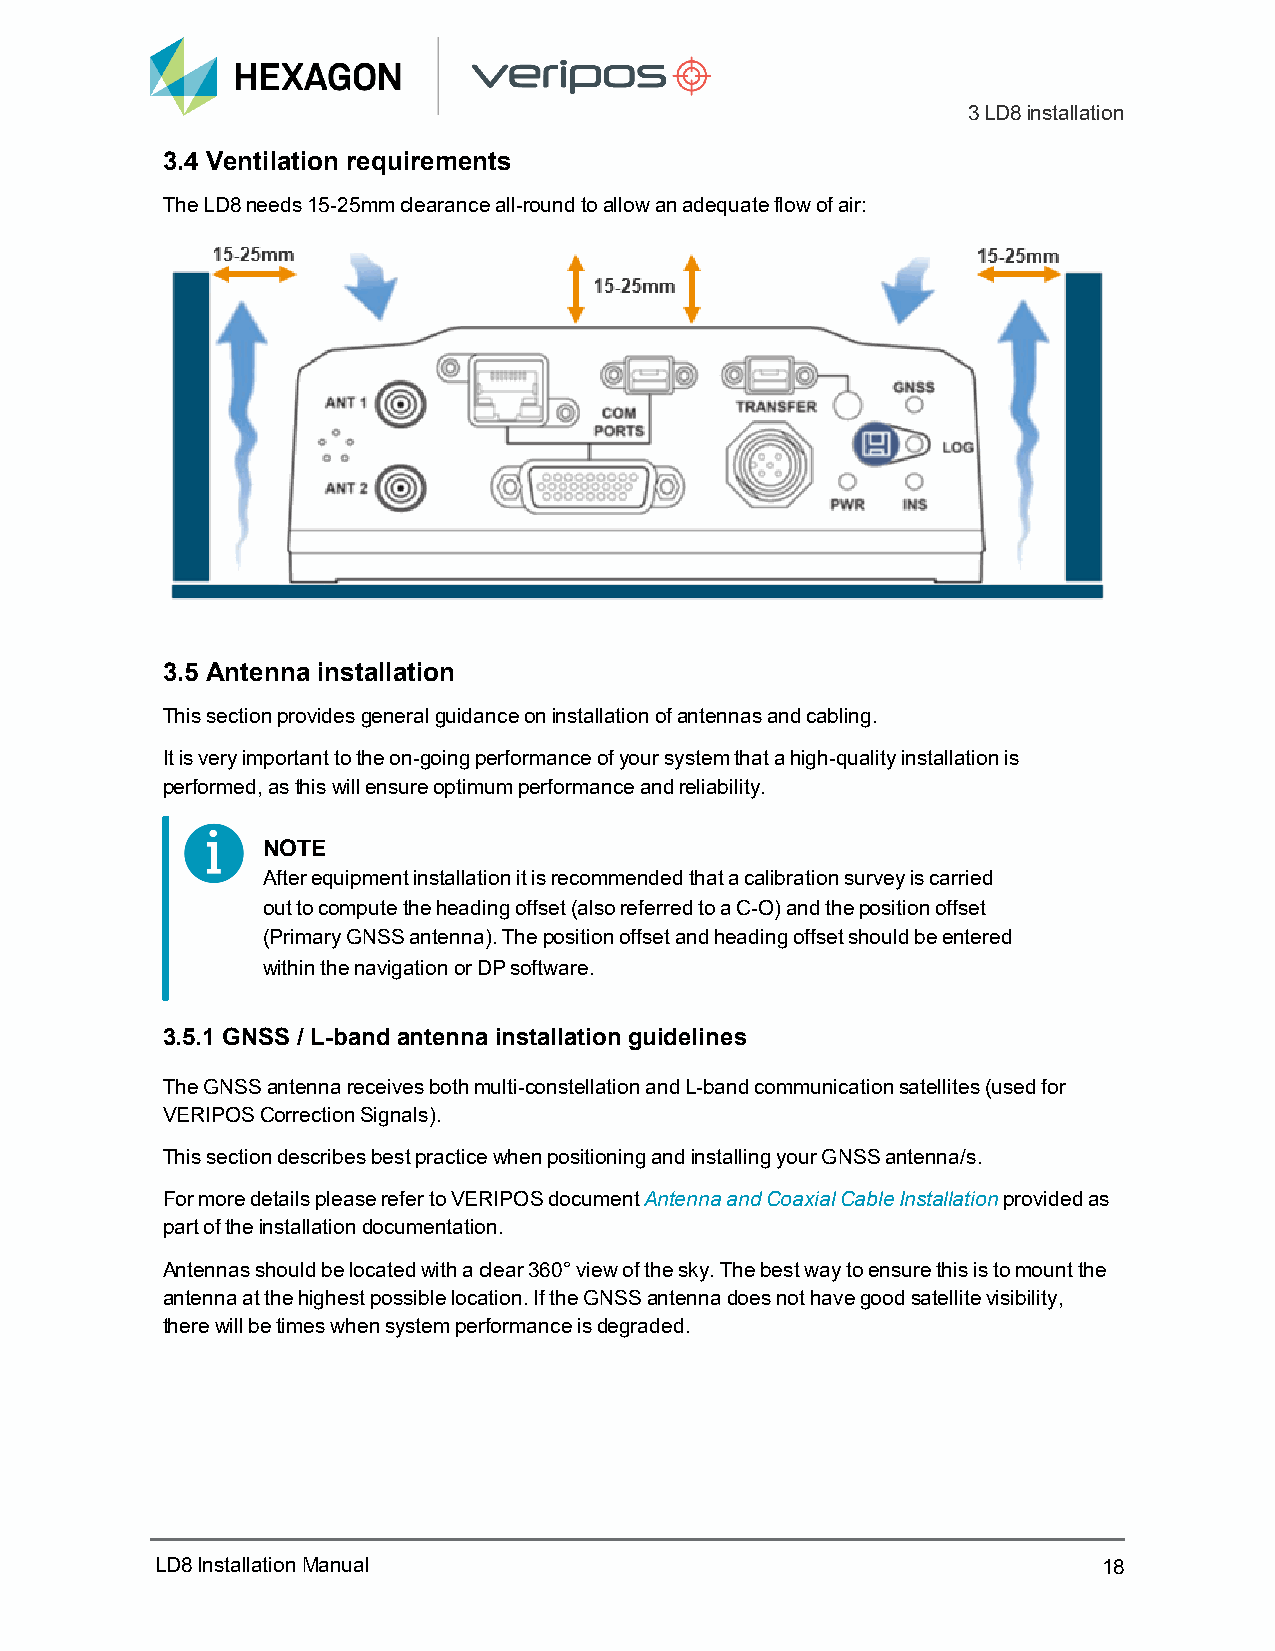
3LD8installation
 3.4 Ventilation requirements
 The LD8 needs 15-25mm clearance all-round to allow an adequate flow of air:
 3.5 Antenna installation
 This section provides general guidance on installation of antennas and cabling.
 It is very important to the on-going performance of your system that a high-quality installation is
 performed, as this will ensure optimum performance and reliability.
 NOTE
 After equipment installation it is recommended that a calibration survey is carried
 out to compute the heading offset (also referred to a C-O) and the position offset
 (Primary GNSS antenna). The position offset and heading offset should be entered
 within the navigation or DP software.
 3.5.1 GNSS / L-band antenna installation guidelines
 The GNSS antenna receives both multi-constellation and L-band communication satellites (used for
 VERIPOS Correction Signals).
 This section describes best practice when positioning and installing your GNSS antenna/s.
 For more details please refer to VERIPOS document Antenna and Coaxial Cable Installation provided as
 part of the installation documentation.
 Antennas should be located with a clear 360° view of the sky. The best way to ensure this is to mount the
 antenna at the highest possible location. If the GNSS antenna does not have good satellite visibility,
 there will be times when system performance is degraded.
 LD8InstallationManual                                          18